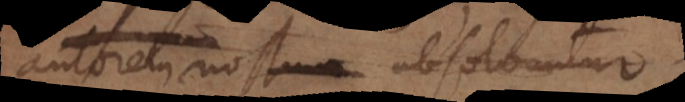
autorem nostrum absolvuntur.